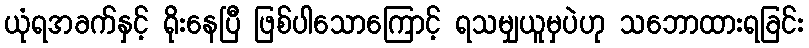
ယုံရအခက်နှင့် ရိုးနေပြီ ဖြစ်ပါသောကြောင့် ရသမျှယူမှပဲဟု သဘောထားရခြင်း